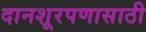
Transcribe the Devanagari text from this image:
दानशूरपणासाठी